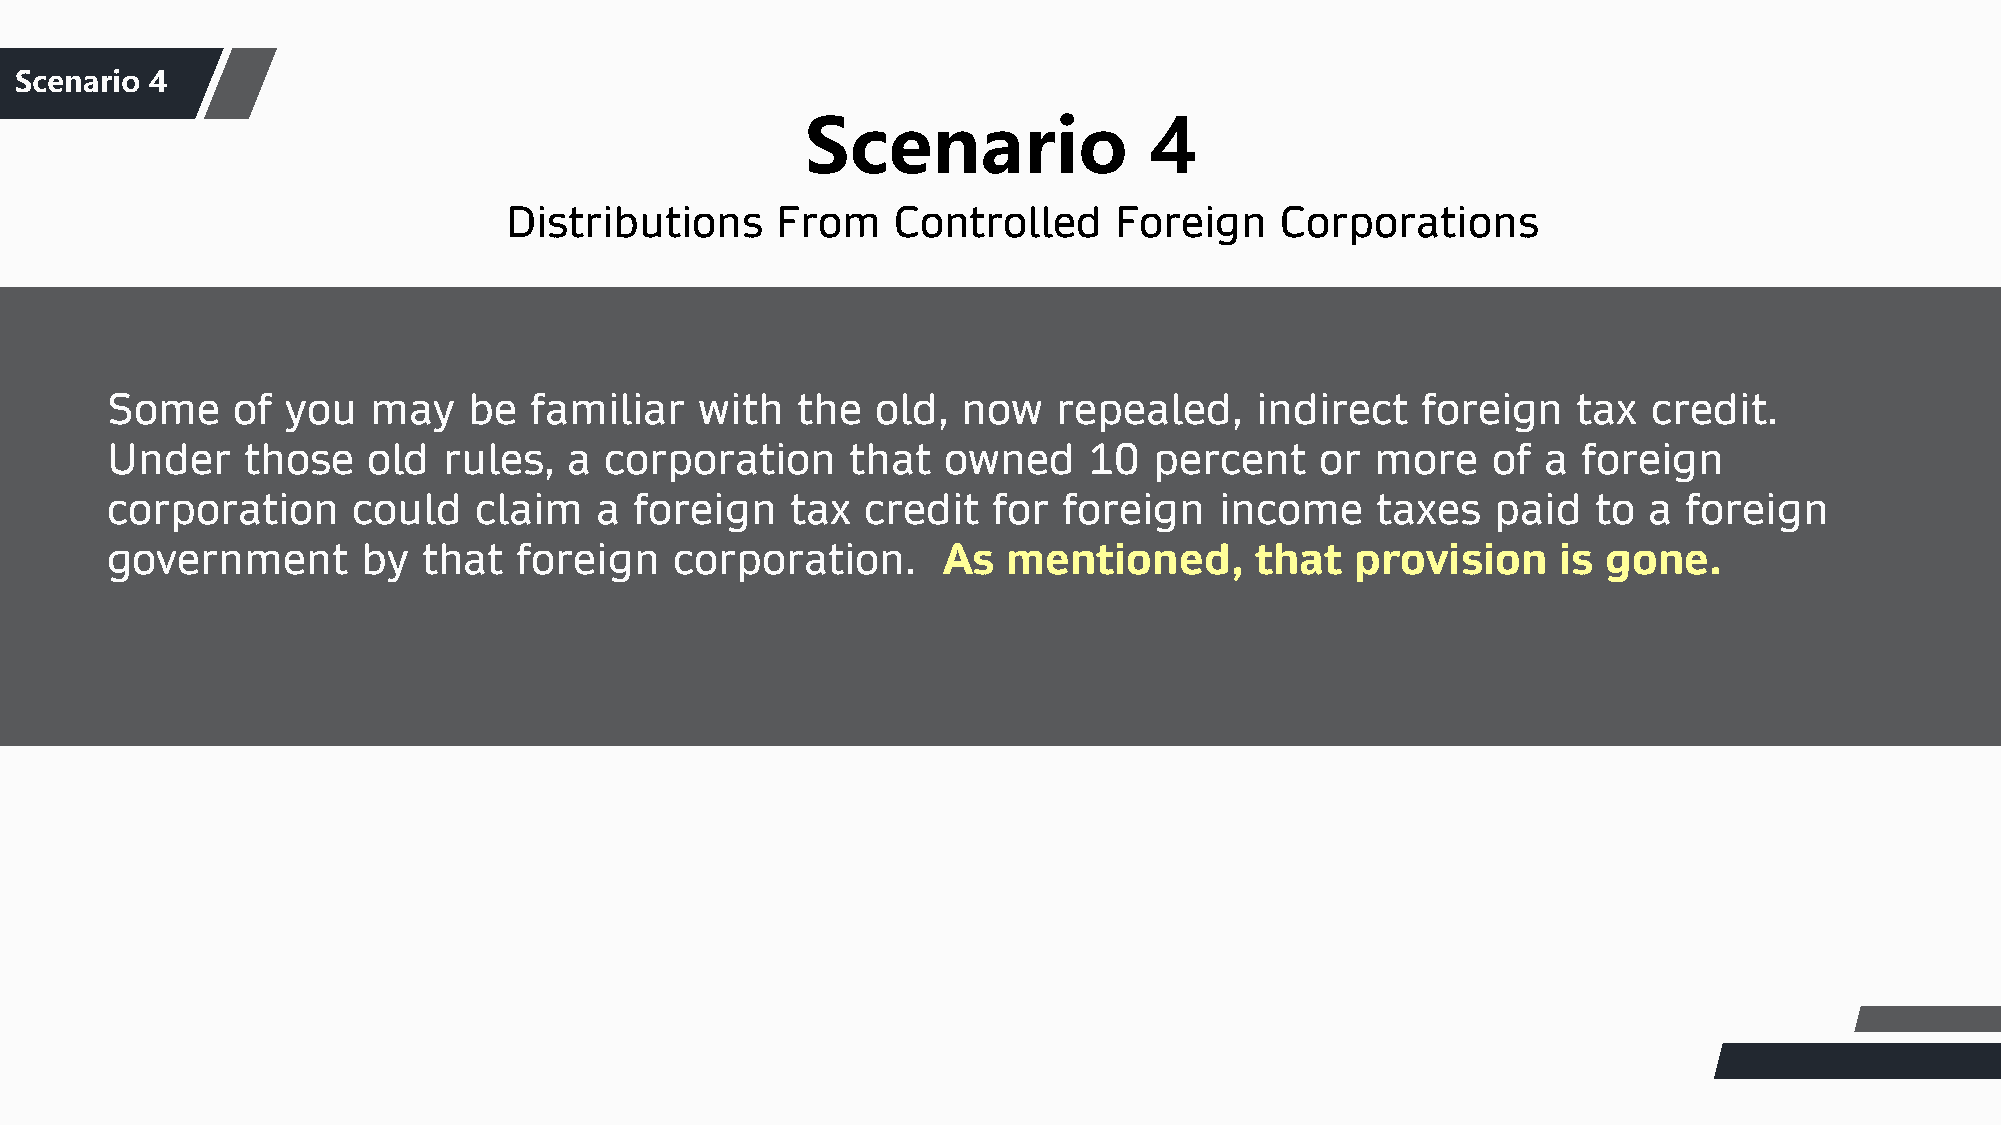
S团ce队nar介io绍 4
 Scenario               4
 Distributions     From    Controlled     Foreign    Corporations
 Some    of  you   may   be  familiar   with   the  old,  now   repealed,    indirect   foreign   tax  credit.
 Under    those   old  rules,   a corporation     that   owned    10  percent    or  more    of a  foreign
 corporation     could   claim   a  foreign   tax  credit   for foreign    income    taxes   paid   to a  foreign
 government       by  that  foreign    corporation.     As   mentioned,      that   provision    is gone.